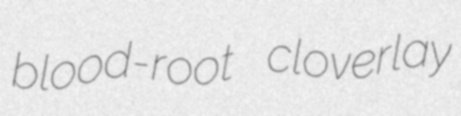
blood-root cloverlay